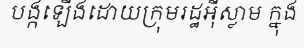
បង្កឡើងដោយក្រុមរដ្ឋអ៊ីស្លាម ក្នុង